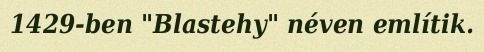
1429-ben "Blastehy" néven említik.